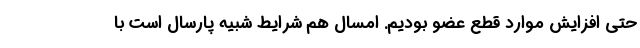
حتی افزایش موارد قطع عضو بودیم. امسال هم شرایط شبیه پارسال است با